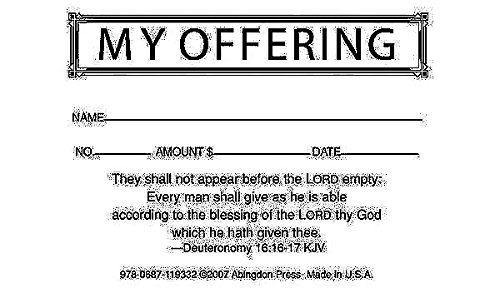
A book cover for My Offering Economy Offering Envelope (Box of 500); Christian Books & Bibles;